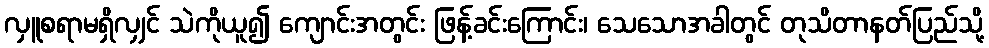
လှူစရာမရှိလျှင် သဲကိုယူ၍ ကျောင်းအတွင်း ဖြန့်ခင်းကြောင်း၊ သေသောအခါတွင် တုသိတာနတ်ပြည်သို့